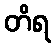
တိရ